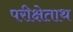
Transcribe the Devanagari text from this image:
परीक्षेताथ